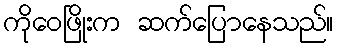
ကိုဝေဖြိုးက ဆက်ပြောနေသည်။